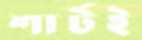
শার্টই